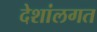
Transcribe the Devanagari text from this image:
देशांलगत